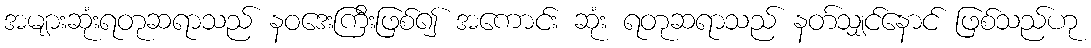
အများဆုံးရတုဆရာသည် နဝဒေးကြီးဖြစ်၍ အကောင်း ဆုံး ရတုဆရာသည် နတ်သျှင်နောင် ဖြစ်သည်ဟု